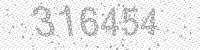
Solution: 316454